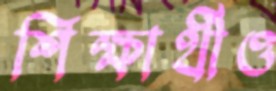
শিক্ষার্থীও